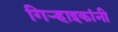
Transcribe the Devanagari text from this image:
गिर्‍हाइकांनी